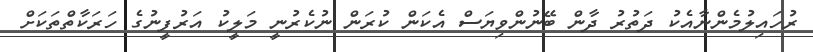
ރުހައިލުމެންނާއެކު ދަތުރު ދާން ބޭނުންވިޔަސް އެކަން ކުރަން ނުކެރުނީ މަލީކު އަރުފީނުގެ ހަރަކާތްތަކަށް